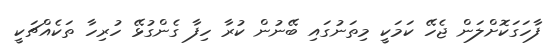
ފާހަގަކޮށްލަން ޖެހޭ ކަމަކީ މިތަނުގައި ބޭނުން ކުރާ ހިފާ ގެންގުޅޭ ހުރިހާ ތަކެއްޗަކީ